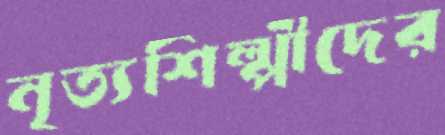
নৃত্যশিল্পীদের